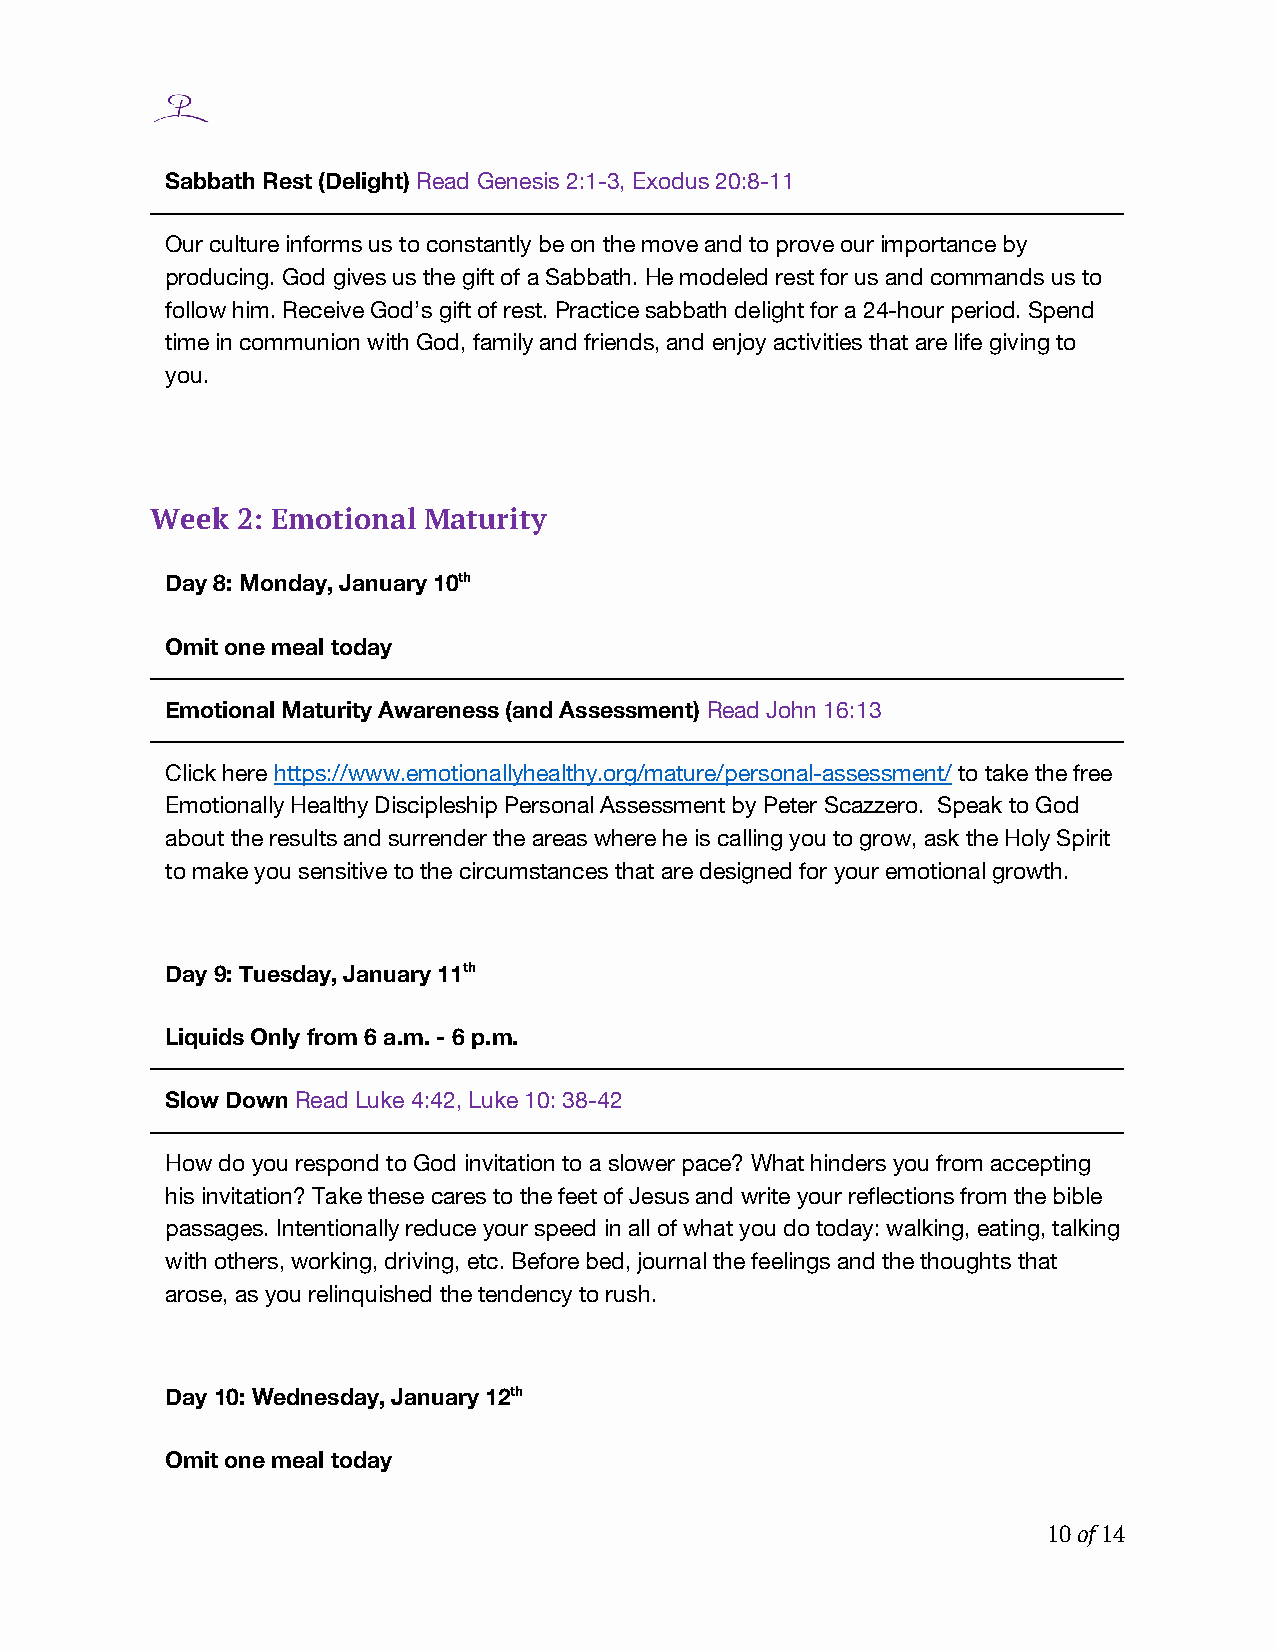
Sabbath Rest (Delight) Read Genesis 2:1-3, Exodus 20:8-11
 Our culture informs us to constantly be on the move and to prove our importance by
 producing. God gives us the gift of a Sabbath. He modeled rest for us and commands us to
 follow him. Receive God’s gift of rest. Practice sabbath delight for a 24-hour period. Spend
 time in communion with God, family and friends, and enjoy activities that are life giving to
 you.
 Week  2: Emotional Maturity
 Day 8: Monday, January 10th
 Omit one meal today
 Emotional Maturity Awareness (and Assessment) Read John 16:13
 Click here https://www.emotionallyhealthy.org/mature/personal-assessment/ to take the free
 Emotionally Healthy Discipleship Personal Assessment by Peter Scazzero. Speak to God
 about the results and surrender the areas where he is calling you to grow, ask the Holy Spirit
 to make you sensitive to the circumstances that are designed for your emotional growth.
 Day 9: Tuesday, January 11th
 Liquids Only from 6 a.m. - 6 p.m.
 Slow Down Read Luke 4:42, Luke 10: 38-42
 How do you respond to God invitation to a slower pace? What hinders you from accepting
 his invitation? Take these cares to the feet of Jesus and write your reflections from the bible
 passages. Intentionally reduce your speed in all of what you do today: walking, eating, talking
 with others, working, driving, etc. Before bed, journal the feelings and the thoughts that
 arose, as you relinquished the tendency to rush.
 Day 10: Wednesday, January 12th
 Omit one meal today
 10 of 14